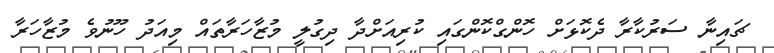
ޗައިނާ ސަރުކާރާ ދެކޮޅަށް ހޮންގްކޮންގައި ކުރިއަށްދާ ދިގުލީ މުޒާހަރާތައް މިއަދު ހޫނުވެ މުޒާހަރާ